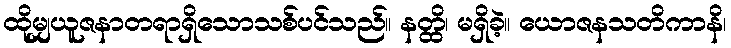
ထိုမျှယူဇနာတရာရှိသောသစ်ပင်သည်။ နတ္ထိ၊ မရှိခဲ့။ ယောဇနသတိကာနိ၊